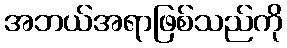
အဘယ်အရာဖြစ်သည်ကို